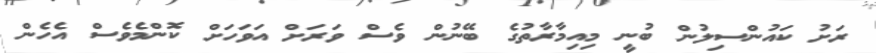
ރަށު ކައުންސިލުން ބުނީ މިއިމާރާތުގެ ބޭނުން ވެސް ވަރަށް އަވަހަށް ކޮންމެވެސް އެހެން